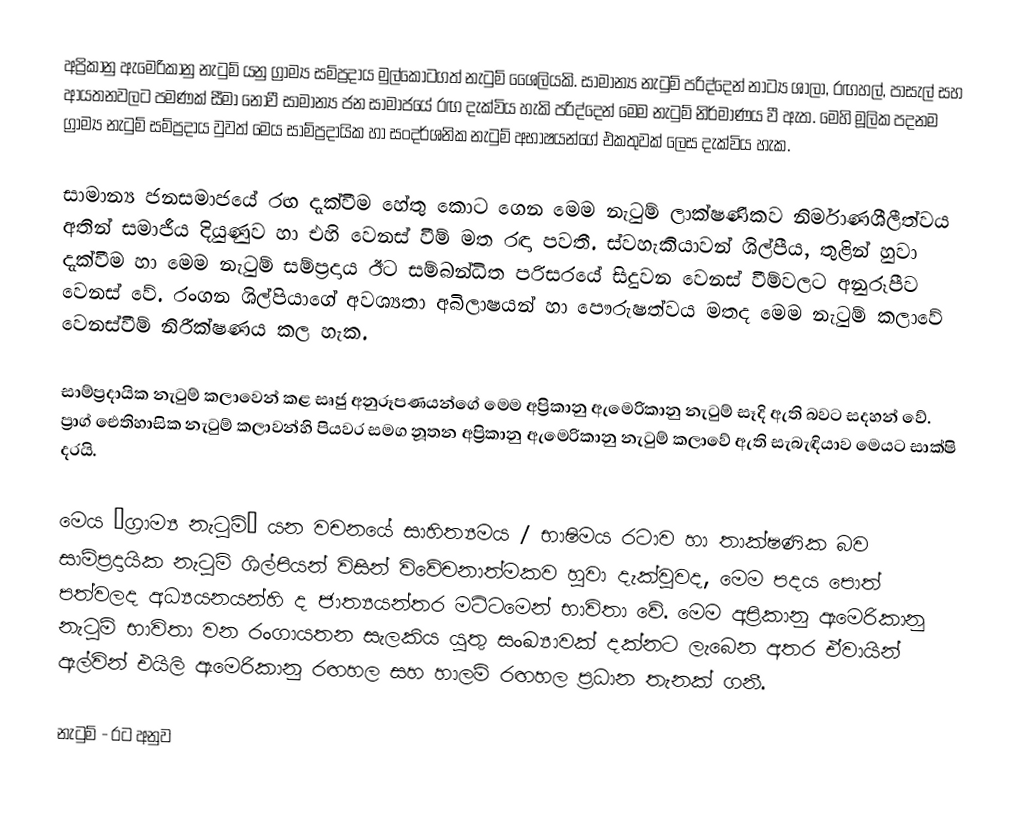
අප්‍රිකානු ඇමෙරිකානු නැටුම් යනු ග්‍රාම්‍ය සම්ප්‍රදාය මුල්කොටගත් නැටුම් ශෛලියකි. සාමාන්‍ය නැටුම් පරිද්දෙන් නාට්‍ය ශාලා, රඟහල්, පාසැල් සහ ආයතනවලට පමණක් සීමා නොවී සාමාන්‍ය ජන සාමාජයේ රඟ දැක්විය හැකි පරිද්දෙන් මෙම නැටුම් නිර්මාණය වී ඇත. මෙහි මූලික පදනම ග්‍රාම්‍ය නැටුම් සම්ප්‍රදාය වුවත් මෙය සාම්ප්‍රදායික හා සංදර්ශනික නැටුම් අභාෂයන්ගේ එකතුවක් ලෙස දැක්විය හැක.

සාමාන්‍ය ජනසමාජයේ රඟ දැක්වීම හේතු කොට ගෙන මෙම නැටුම් ලාක්ෂණිකව නිර්මාණශීලීත්වය අතින් සමාජීය දියුණුව හා එහි වෙනස් වීම් මත රඳා පවතී. ස්වහැකියාවන් ශිල්පීය, තුළින් හුවා දැක්වීම හා මෙම නැටුම් සම්ප්‍රදාය ඊ‍ට සම්බන්ධිත පරිසරයේ සිදුවන වෙනස් වීම්වලට අනුරූපීව වෙනස් වේ. රංගන ශිල්පියාගේ අවශ්‍යතා අබිලාෂයන් හා පෞරුෂත්වය මතද මෙම නැටුම් කලාවේ වෙනස්වීම් නිරීක්ෂණය කල හැක.

සාම්ප්‍රදායික නැටුම් කලාවෙන් කළ සෘජු අනුරූපණයන්ගේ මෙම අප්‍රිකානු ඇමෙරිකානු නැටුම් සෑදි ඇති බවට සදහන් වේ. ප්‍රාග් ඓතිහාසික නැටුම් කලාවන්හි පියවර සමග නූතන අප්‍රිකානු ඇමෙරිකානු නැටුම් කලාවේ ඇති  සැබැඳියාව මෙයට සාක්ෂි දරයි.

මෙය “ග්‍රාම්‍ය නැටුම්” යන වචනයේ සාහිත්‍යමය / භාෂිමය රටාව හා තාක්ෂණික බව සාම්ප්‍රදායික නැටුම් ශිල්පියන් විසින් විවේචනාත්මකව හුවා දැක්වුවද, මෙම පදය පොත් පත්වලද අධ්‍යයනයන්හි ද ජාත්‍යයන්තර මට්ටමෙන් භාවිතා වේ. මෙම අප්‍රිකානු ඇමෙරිකානු නැටුම් භාවිතා වන රංගායතන සැලකිය යුතු සංඛ්‍යාවක් දක්නට ලැබෙන අතර ඒවායින් ඇල්වින් එයිලි ඇමෙරිකානු රඟහල සහ හාලම් රඟහල ප්‍රධාන තැනක් ගනී.

නැටුම් - රට අනුව